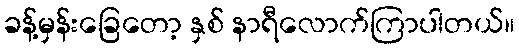
ခန့်မှန်းခြေတော့ နှစ် နာရီလောက်ကြာပါတယ်။